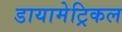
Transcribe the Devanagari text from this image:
डायामेट्रिकल